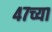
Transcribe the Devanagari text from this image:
४७च्या